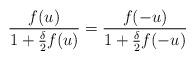
LaTeX: \begin{align*} \frac{f(u)}{1 + \frac{\delta}{2}f(u)} =\frac{f(-u)}{1 + \frac{\delta}{2}f(-u)}\end{align*}